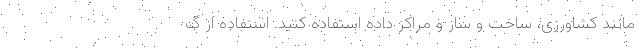
مانند کشاورزی، ساخت و ساز و مراکز داده استفاده کنید. استفاده از گ